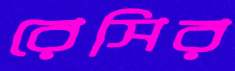
রেসির